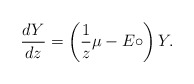
\begin{align*} \frac{dY}{dz}=\left(\frac{1}{z}\mu - E\circ \right)Y. \end{align*}